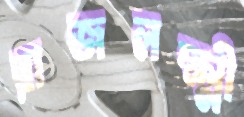
রাজলক্ষ্মী